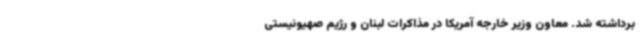
برداشته شد. معاون وزیر خارجه آمریکا در مذاکرات لبنان و رژیم صهیونیستی